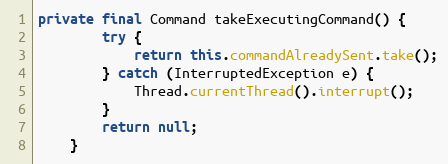
Language: Java
private final Command takeExecutingCommand() {
		try {
			return this.commandAlreadySent.take();
		} catch (InterruptedException e) {
			Thread.currentThread().interrupt();
		}
		return null;
	}